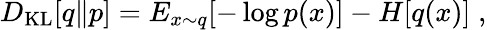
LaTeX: D_{\mathrm{KL}}[q\| p]=E_{x\sim q}[-\log p(x)]-H[q(x)]\; ,